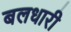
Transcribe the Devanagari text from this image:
बलधारी